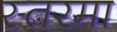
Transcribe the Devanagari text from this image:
स्तरमा